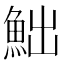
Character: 𩶌